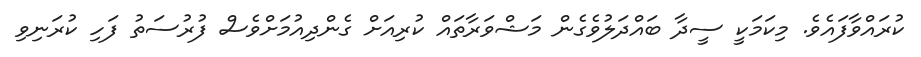
ކުރައްވާފައެވެ. މިކަމަކީ ސީދާ ބައްދަލުވެގެން މަޝްވަރާތައް ކުރިއަށް ގެންދިއުމަށްވެސް ފުރުސަތު ފަހި ކުރަނިވި